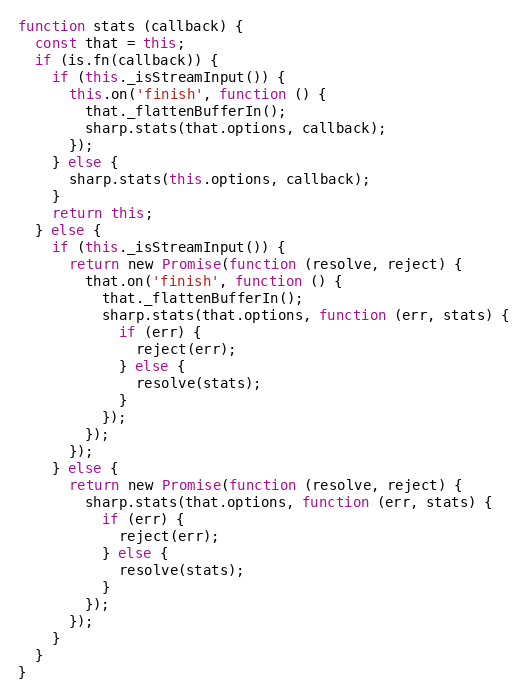
Language: JavaScript
function stats (callback) {
  const that = this;
  if (is.fn(callback)) {
    if (this._isStreamInput()) {
      this.on('finish', function () {
        that._flattenBufferIn();
        sharp.stats(that.options, callback);
      });
    } else {
      sharp.stats(this.options, callback);
    }
    return this;
  } else {
    if (this._isStreamInput()) {
      return new Promise(function (resolve, reject) {
        that.on('finish', function () {
          that._flattenBufferIn();
          sharp.stats(that.options, function (err, stats) {
            if (err) {
              reject(err);
            } else {
              resolve(stats);
            }
          });
        });
      });
    } else {
      return new Promise(function (resolve, reject) {
        sharp.stats(that.options, function (err, stats) {
          if (err) {
            reject(err);
          } else {
            resolve(stats);
          }
        });
      });
    }
  }
}